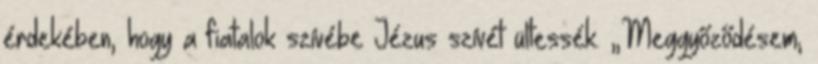
érdekében, hogy a fiatalok szívébe Jézus szívét ültessék. „Meggyőződésem,